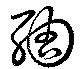
綢